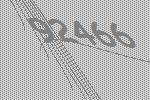
92466